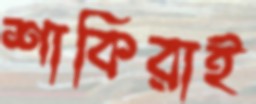
শাকিরাই